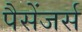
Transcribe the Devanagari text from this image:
पैसेंजर्स